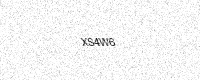
Text: XS4W6